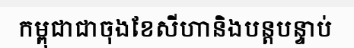
កម្ពុជាជាចុងខែសីហានិងបន្តបន្ទាប់